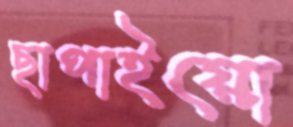
ছাপাইয়ো